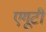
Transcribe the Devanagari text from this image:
एगूटी